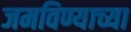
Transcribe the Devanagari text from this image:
जमविण्याच्या